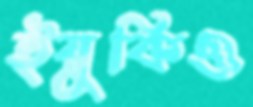
ইয়ুকিও